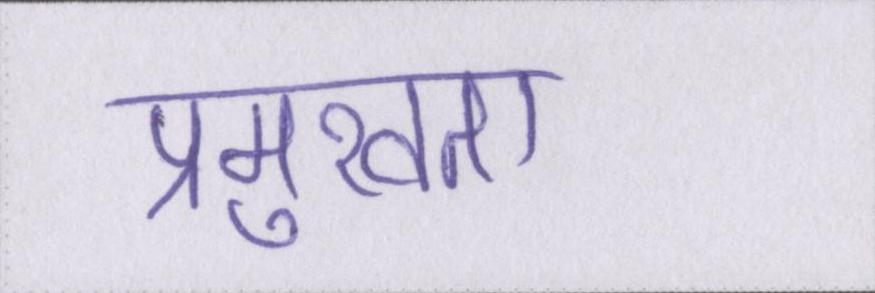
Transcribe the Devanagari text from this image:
प्रमुखता